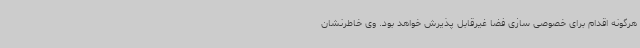
هرگونه اقدام برای خصوصی سازی فضا غیرقابل پذیرش خواهد بود. وی خاطرنشان